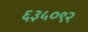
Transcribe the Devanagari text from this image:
६३५०९२